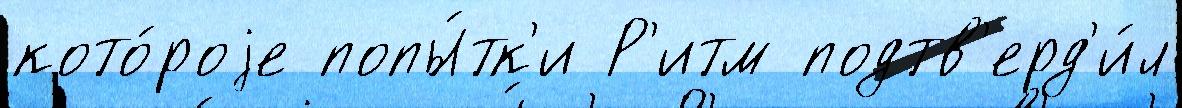
кото́роjе попы́тк'и Р'итм подтв'ерд'и́л